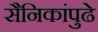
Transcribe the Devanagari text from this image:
सैनिकांपुढे